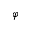
\varphi